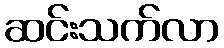
ဆင်းသက်လာ